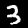
Label: 3